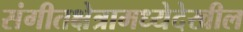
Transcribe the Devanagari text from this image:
संगीतक्षेत्रामध्येदेखील